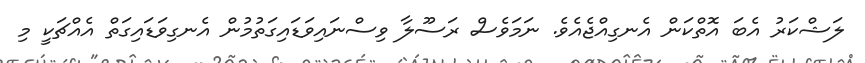
ލަޝްކަރު އެބަ އޮތްކަން އެނގިއްޖެއެވެ. ނަމަވެސް ރަސޫލާ ވިސްނައިވަޑައިގަތުމުން އެނގިވަޑައިގަތް އެއްޗަކީ މި